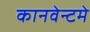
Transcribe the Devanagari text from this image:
कानवेन्टमे